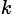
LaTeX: _k